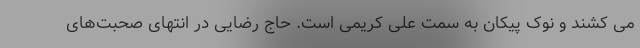
می کشند و نوک پیکان به سمت علی کریمی است. حاج رضایی در انتهای صحبت‌های